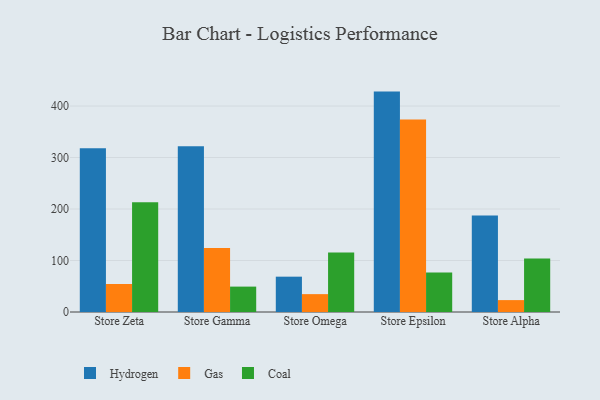
{"axis": {"x": "Store", "y": "Revenue (USD Million)"}, "legend": ["Coal", "Gas", "Hydrogen"], "data": [{"x": "Store Zeta", "y": 317.9, "type": "Hydrogen"}, {"x": "Store Zeta", "y": 54.4, "type": "Gas"}, {"x": "Store Zeta", "y": 213.1, "type": "Coal"}, {"x": "Store Gamma", "y": 321.8, "type": "Hydrogen"}, {"x": "Store Gamma", "y": 124.1, "type": "Gas"}, {"x": "Store Gamma", "y": 49.3, "type": "Coal"}, {"x": "Store Omega", "y": 68.6, "type": "Hydrogen"}, {"x": "Store Omega", "y": 34.7, "type": "Gas"}, {"x": "Store Omega", "y": 115.5, "type": "Coal"}, {"x": "Store Epsilon", "y": 428.0, "type": "Hydrogen"}, {"x": "Store Epsilon", "y": 373.6, "type": "Gas"}, {"x": "Store Epsilon", "y": 76.8, "type": "Coal"}, {"x": "Store Alpha", "y": 187.3, "type": "Hydrogen"}, {"x": "Store Alpha", "y": 23.1, "type": "Gas"}, {"x": "Store Alpha", "y": 104.0, "type": "Coal"}]}